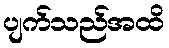
ပျက်သည်အထိ